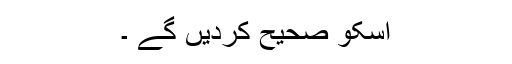
اسکو صحیح کردیں گے ۔